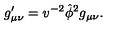
g _ { \mu \nu } ^ { \prime } = v ^ { - 2 } \hat { \phi } ^ { 2 } g _ { \mu \nu } .